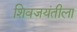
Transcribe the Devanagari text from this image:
शिवजयंतीला